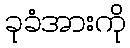
ခုခံအားကို